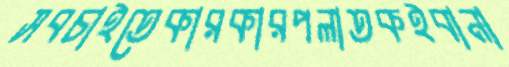
সবচাইতেকারকারপলাতকইবানা